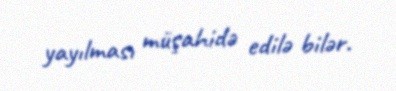
yayılması müşahidə edilə bilər.